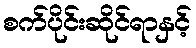
စက်ပိုင်းဆိုင်ရာနှင့်